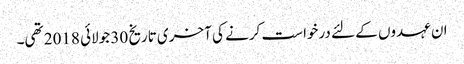
ان عہدوں کے لئے درخواست کرنے کی آخری تاریخ 30 جولائی 2018 تھی۔